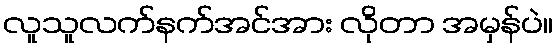
လူသူလက်နက်အင်အား လိုတာ အမှန်ပဲ။